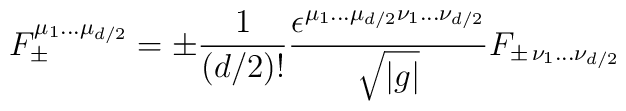
F_\pm^{\mu_1\ldots \mu_{d/2}}=\pm\frac{1}{(d/2)!}\frac{\epsilon^{\mu_1\ldots \mu_{d/2}\nu_1\ldots \nu_{d/2}}}{\sqrt{|g|}}F_{\pm\,\nu_1\ldots \nu_{d/2}}